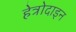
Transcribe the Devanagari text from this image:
हेत्रोदाइन